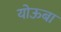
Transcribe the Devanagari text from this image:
योऊबा